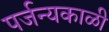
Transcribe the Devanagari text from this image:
पर्जन्यकाळी